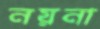
নয়না